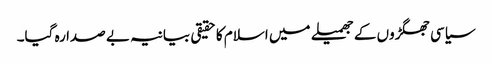
سیاسی جھگڑوں کے جھمیلے میں اسلام کا حقیقی بیانیہ بے صدا رہ گیا۔